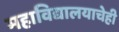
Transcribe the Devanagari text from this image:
महाविद्यालयाचेही